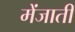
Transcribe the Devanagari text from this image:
मेंजाती